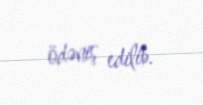
ödəniş edilib.